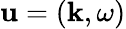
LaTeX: \mathbf{u}=(\mathbf{k},\omega)